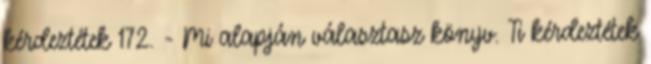
kérdeztétek 172. - Mi alapján választasz könyv. Ti kérdeztétek